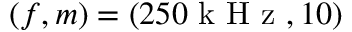
( f , m ) = ( 2 5 0 \mathrm { ~ k ~ H ~ z ~ } , 1 0 )